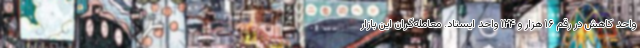
واحد کاهش در رقم ۱۶ هزار و ۱۲۴ واحد ایستاد. معامله‌گران این بازار